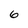
Character: 6